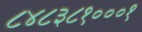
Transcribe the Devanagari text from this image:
८४८३८१०००१